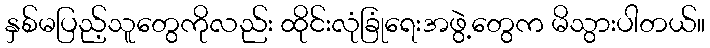
နှစ်မပြည့်သူတွေကိုလည်း ထိုင်းလုံခြုံရေးအဖွဲ့တွေက မိသွားပါတယ်။